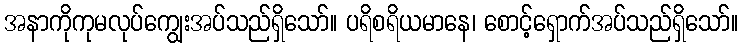
အနာကိုကုမလုပ်ကျွေးအပ်သည်ရှိသော်။ ပရိစရိယမာနေ၊ စောင့်ရှောက်အပ်သည်ရှိသော်။